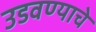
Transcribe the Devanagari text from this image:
उडवण्याचे